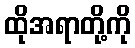
ထိုအရာတို့ကို